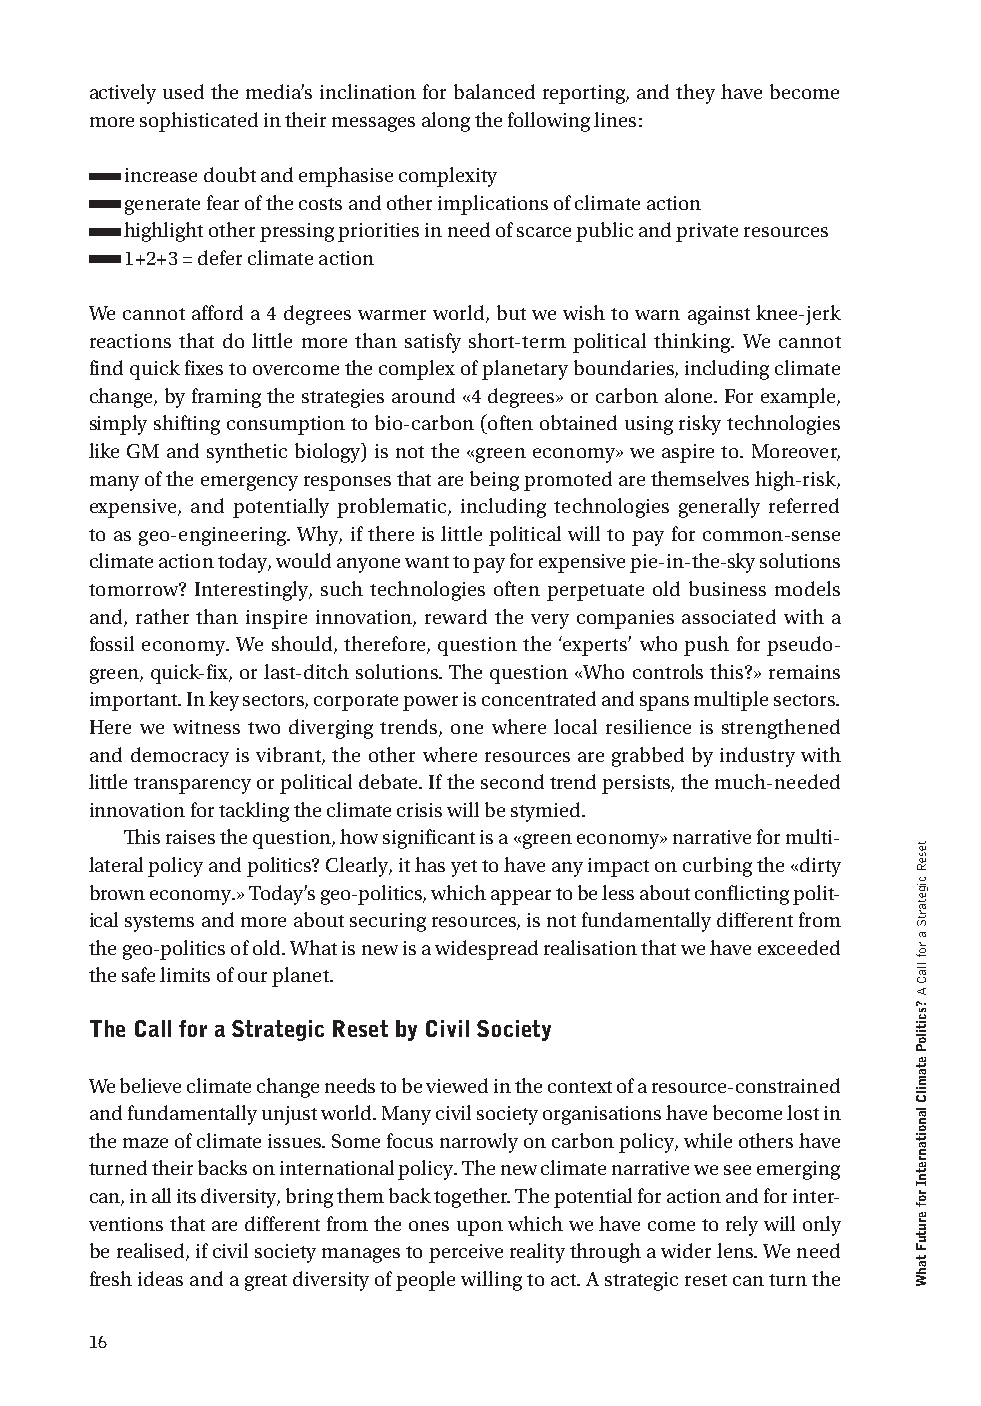
actively used the media’s inclination for balanced reporting, and they have become
 more sophisticated in their messages along the following lines:
 increase doubt and emphasise complexity
 generate fear of the costs and other implications of climate action
 highlight other pressing priorities in need of scarce public and private resources
 1+2+3 = defer climate action
 We cannot afford a 4 degrees warmer world, but we wish to warn against knee-jerk
 reactions that do little more than satisfy short-term political thinking. We cannot
 find quick fixes to overcome the complex of planetary boundaries, including climate
 change, by framing the strategies around «4 degrees» or carbon alone. For example,
 simply shifting consumption to bio-carbon (often obtained using risky technologies
 like GM and synthetic biology) is not the «green economy» we aspire to. Moreover,
 many of the emergency responses that are being promoted are themselves high-risk,
 expensive, and potentially problematic, including technologies generally referred
 to as geo-engineering. Why, if there is little political will to pay for common-sense
 climate action today, would anyone want to pay for expensive pie-in-the-sky solutions
 tomorrow? Interestingly, such technologies often perpetuate old business models
 and, rather than inspire innovation, reward the very companies associated with a
 fossil economy. We should, therefore, question the ‘experts’ who push for pseudo-
 green, quick-fix, or last-ditch solutions. The question «Who controls this?» remains
 important. In key sectors, corporate power is concentrated and spans multiple sectors.
 Here we witness two diverging trends, one where local resilience is strengthened
 and democracy is vibrant, the other where resources are grabbed by industry with
 little transparency or political debate. If the second trend persists, the much-needed
 innovation for tackling the climate crisis will be stymied.
 This raises the question, how significant is a «green economy» narrative for multi-
 lateral policy and politics? Clearly, it has yet to have any impact on curbing the «dirty
 brown economy.» Today’s geo-politics, which appear to be less about conflicting polit-
 ical systems and more about securing resources, is not fundamentally different from
 the geo-politics of old. What is new is a widespread realisation that we have exceeded
 the safe limits of our planet.
 the Call for a strategic reset by Civil society
 We believe climate change needs to be viewed in the context of a resource-constrained
 and fundamentally unjust world. Many civil society organisations have become lost in
 the maze of climate issues. Some focus narrowly on carbon policy, while others have
 turned their backs on international policy. The new climate narrative we see emerging
 can, in all its diversity, bring them back together. The potential for action and for inter-
 ventions that are different from the ones upon which we have come to rely will only
 be realised, if civil society manages to perceive reality through a wider lens. We need
 fresh ideas and a great diversity of people willing to act. A strategic reset can turn the
 16
 teseR
 cigetartS
 a
 rof
 llaC
 A
 ?scitiloP
 etamilC
 lanoitanretnI
 rof
 erutuF
 tahW